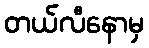
တယ်လီနောမှ